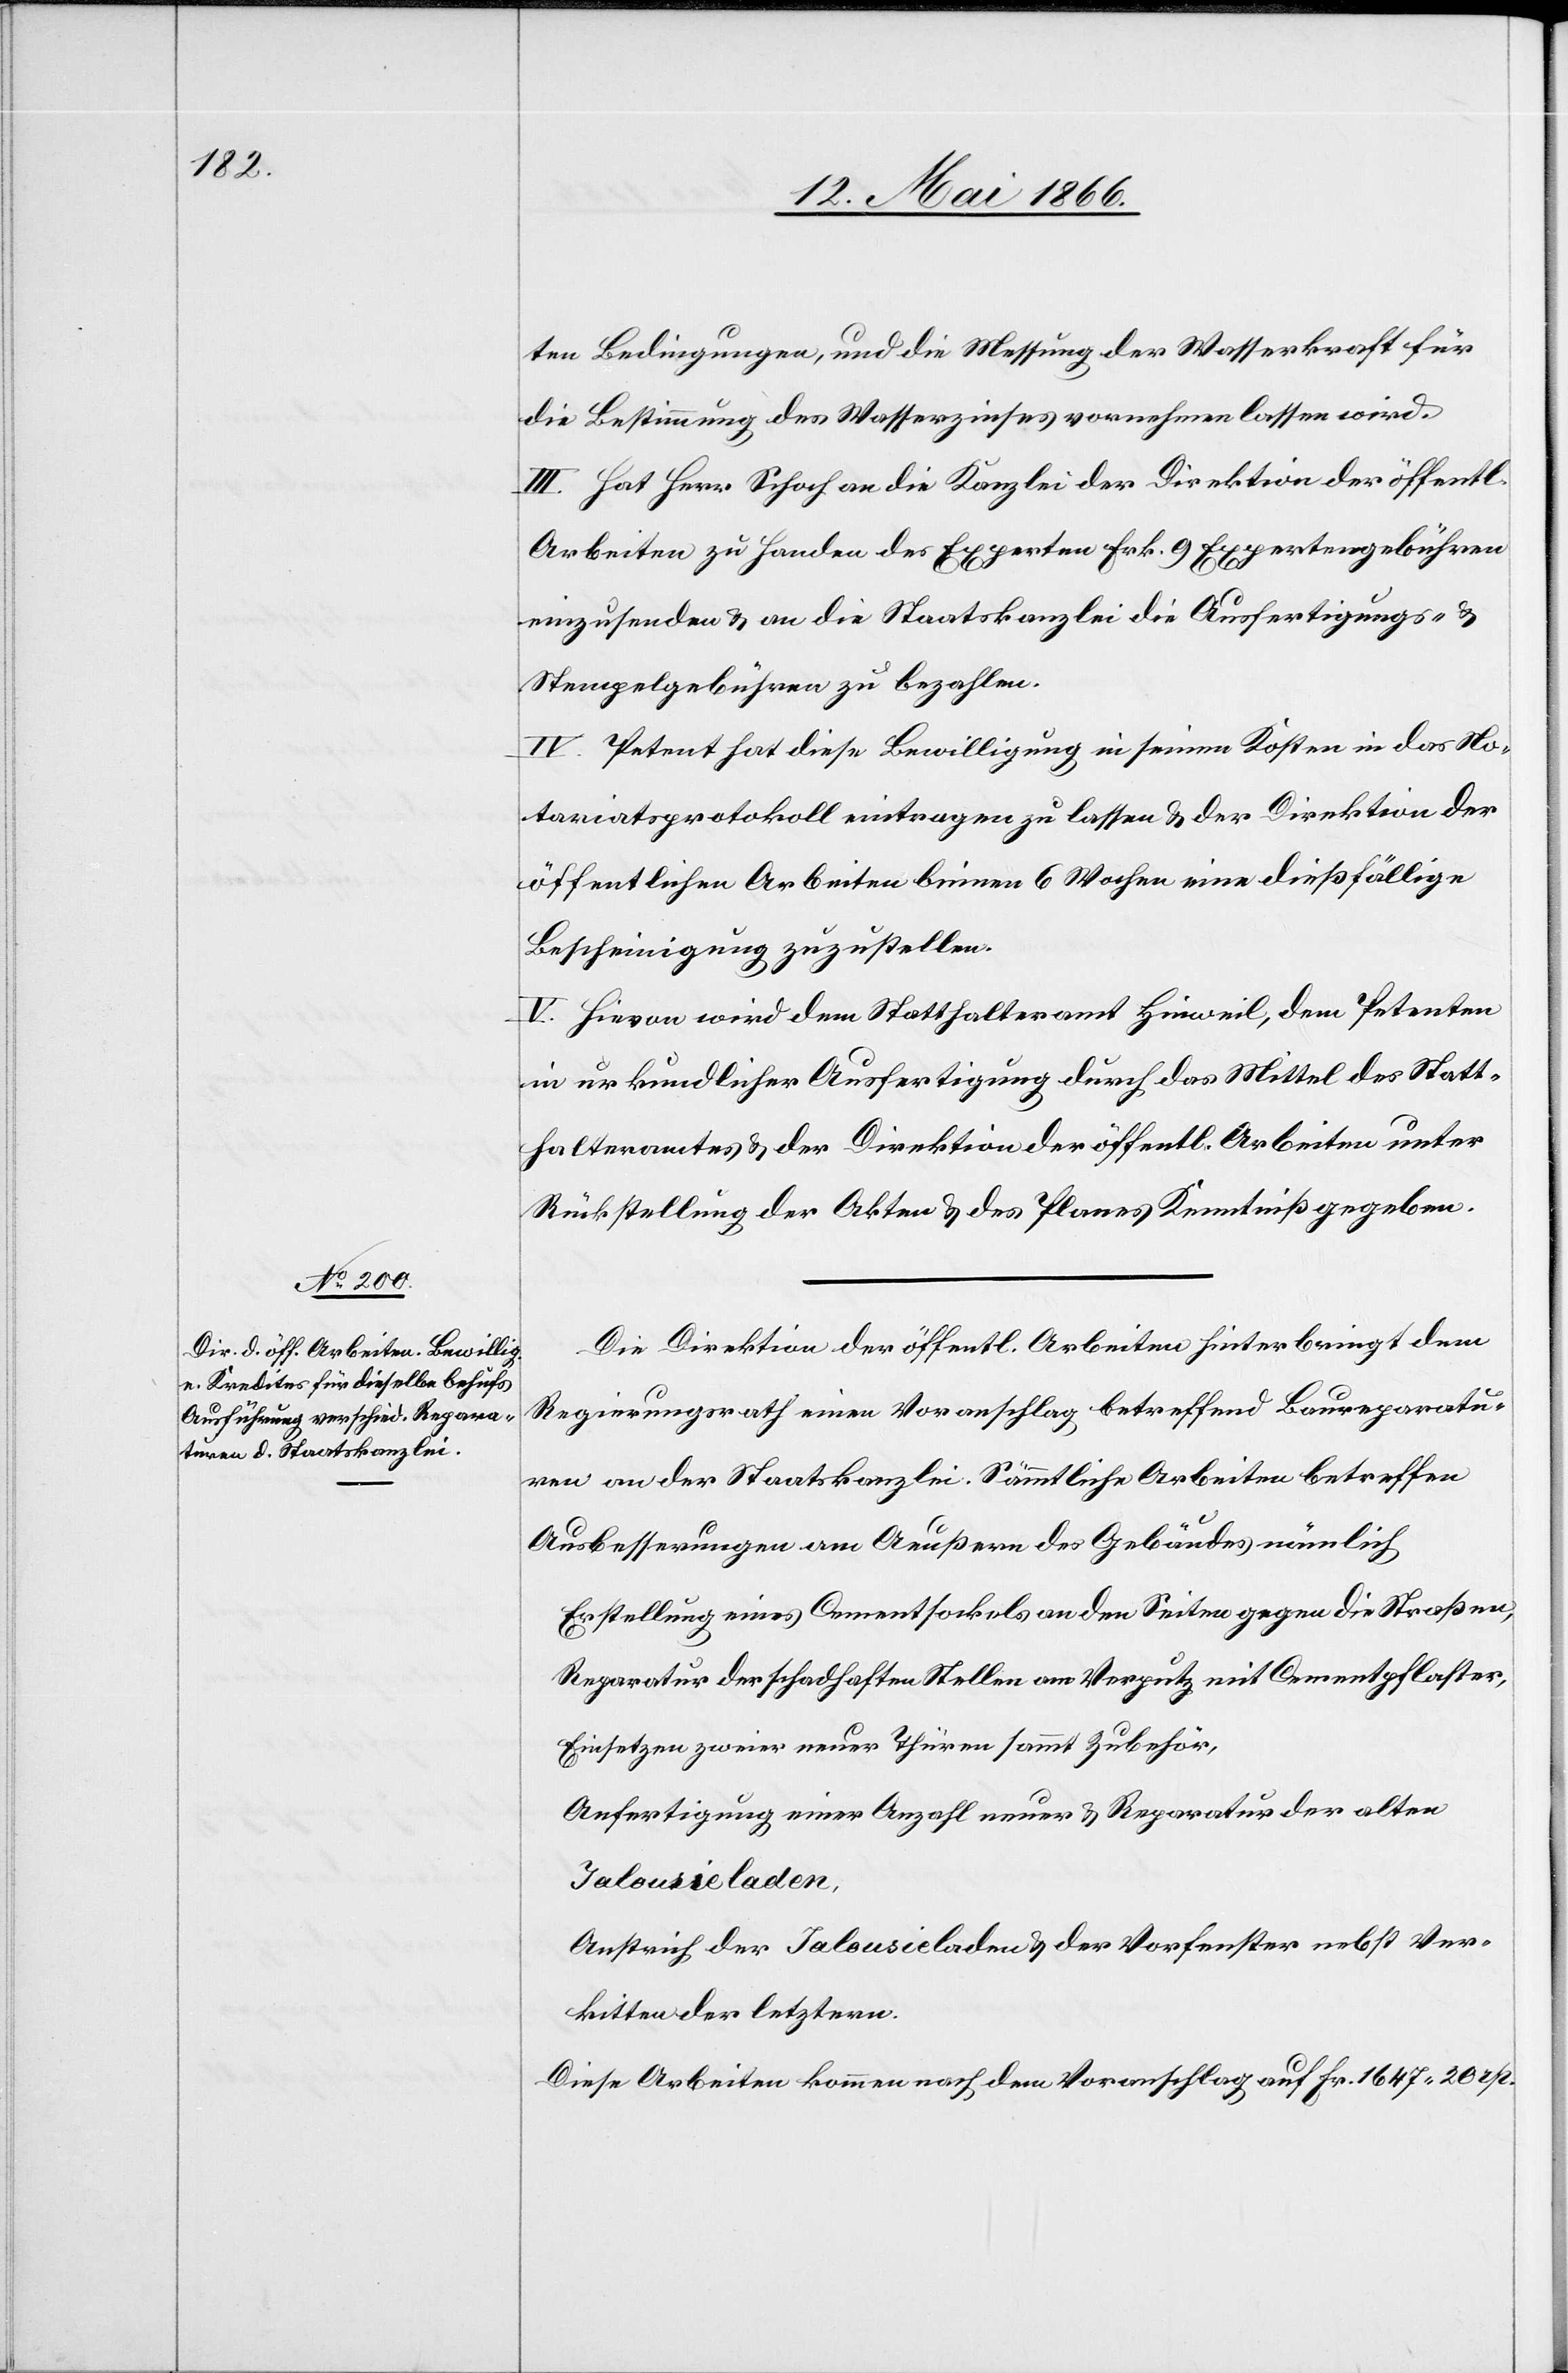
ten Bedingungen, und die Messung der Wasserkraft für
die Bestimmung des Wasserzinses vornehmen lassen wird.
III. Hat Herr Schoch an die Kanzlei der Direktion der öffentl.
Arbeiten zu Handen der Experten Frk. 9 Expertengebühren
einzusenden u. an die Staatskanzlei die Ausfertigungs- u.
Stempelgebühren zu bezahlen.
IV. Petent hat diese Bewilligung in seinen Kosten in das No¬
tariatsprotokoll eintragen zu lassen u. der Direktion der
öffentlichen Arbeiten binnen 6 Wochen eine dießfällige
Bescheinigung zuzustellen.
V. Hievon wird dem Statthalteramte Hinweil, dem Petenten
in urkundlicher Ausfertigung durch das Mittel des Statt¬
halteramtes u. der Direktion der öffentl. Arbeiten unter
Rückstellung der Akten u. des Planes Kenntniß gegeben.
Die Direktion der öffentl. Arbeiten hinterbringt dem
Regierungsrath einen Voranschlag betreffend Baureparatu¬
ren an der Staatskanzlei. Sämmtliche Arbeiten betreffen
Ausbesserungen am Aeußern des Gebäudes nämlich
Erstellung eines Cementsockels an den Seiten gegen die Straßen,
Reparatur der schadhaften Stellen am Verputz mit Cementpflaster,
Einsetzen zweier neuer Thürme sammt Zubehör,
Anfertigung einer Anzahl neuer u. Reparatur der alten
Jalousieladen,
Anstrich der Jalousieladen u. der Vorfenster nebst Ver¬
kitten der letztern.
Diese Arbeiten kommen nach dem Voranschlag auf Fr. 1647.20 rp.